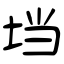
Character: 垱